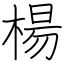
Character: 楊